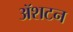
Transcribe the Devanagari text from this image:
ॲशटन